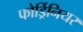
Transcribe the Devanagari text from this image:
फोर्ड्रिनियर